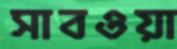
সাবওয়া